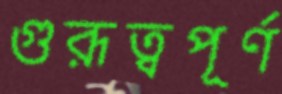
গুরূত্বপূর্ণ